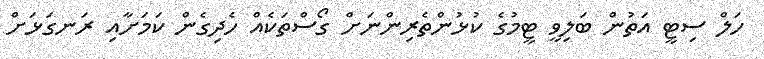
ހަލް ސިޓީ އަތުން ބަލިވީ ޓީމުގެ ކުޅުންތެރިންނަށް ގޯސްތަކެއް ހެދިގެން ކަމަށާއި ރަނގަޅަށް